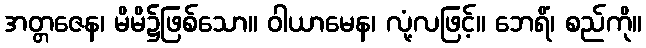
အတ္တဇေန၊ မိမိ၌ဖြစ်သော။ ဝါယာမေန၊ လုံ့လဖြင့်။ ဘေရိံ၊ စည်ကို။